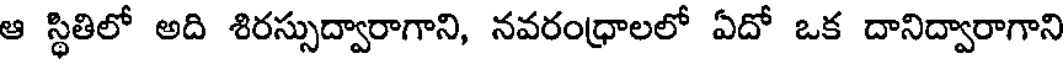
ఆ స్థితిలో అది శిరస్సుద్వారాగాని, నవరంధ్రాలలో ఏదో ఒక దానిద్వారాగాని